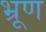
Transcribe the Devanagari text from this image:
भ्रूण